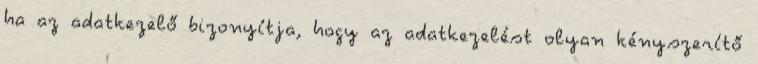
ha az adatkezelő bizonyítja, hogy az adatkezelést olyan kényszerítő